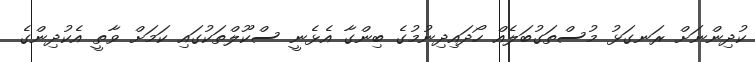
ކުދިންނަށް ރަނގަޅު މުސްތަގުބަލެއް ހޯދައިދިނުމުގެ ބިންގާ އެޅެނީ ސްކޫލްތަކުގައި ކަމަށް ވާތީ އެކުދިންގެ